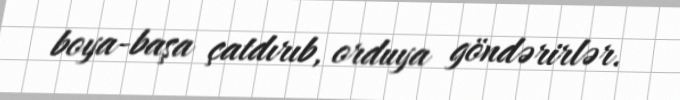
boya-başa çatdırıb, orduya göndərirlər.